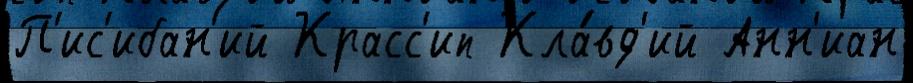
П'ис'ибан'ий Красс'ип Кла́вд'ий Анн'иан